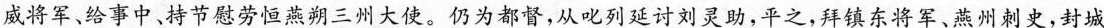
威将军、给事中、持节慰劳恒燕朔三州大使。仍为都督，从叱列延讨刘灵助，平之，拜镇东将军、燕州刺史，封城